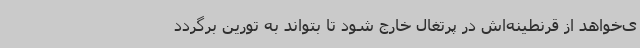
ی‌خواهد از قرنطینه‌اش در پرتغال خارج شود تا بتواند به تورین برگردد